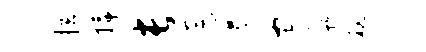
拉插长逗遏守迂秘